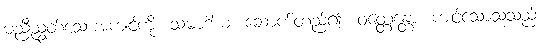
မညီညွတ်သောအကျင့်ကို။ သမာဒါယ၊ ဆောက်တည်၍။ ဝတ္တေန္တော၊ ကျင့်သောသူသည်။